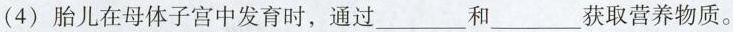
(4)胎儿在母体子宫中发育时，通过___和___获取营养物质。